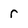
Character: r